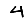
Digit: 4